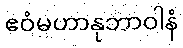
ဧဝံမဟာနုဘာဝါနံ